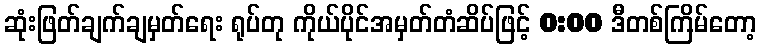
ဆုံးဖြတ်ချက်ချမှတ်ရေး ရုပ်တု ကိုယ်ပိုင်အမှတ်တံဆိပ်ဖြင့် 0:00 ဒီတစ်ကြိမ်တော့